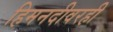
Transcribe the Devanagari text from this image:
हिमनदीवरही